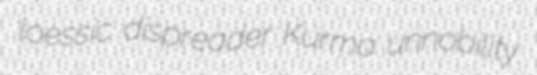
loessic dispreader Kurma unnobility